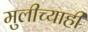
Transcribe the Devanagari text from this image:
मुलीच्याही